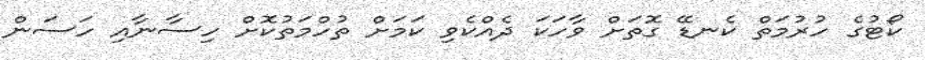
ކޯޓުގެ ހުރުމަތް ކެނޑޭ ގޮތަށް ވާހަކަ ދެއްކެވި ކަމަށް ތުހްމަތުކޮށް ހިސާނާއި ހަސަން